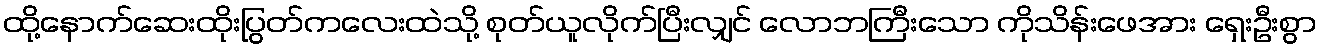
ထို့နောက်ဆေးထိုးပြွတ်ကလေးထဲသို့ စုတ်ယူလိုက်ပြီးလျှင် လောဘကြီးသော ကိုသိန်းဖေအား ရှေးဦးစွာ